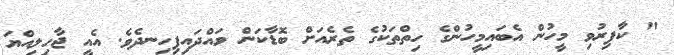
" ކާފިރުވި މީހުން އެބައިމީހުންގެ ހިތްތަކުގެ ތެރެއަށް ބޮޑާކަން ވައްދައިފިހިނދެވެ. އެއީ ޖާހިލިއްޔަ